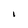
Character: 1